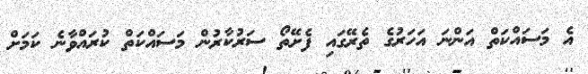
އެ މަސައްކަތް އަންނަ އަހަރުގެ ތެރޭގައި ފެށޭތޯ ސަރުކާރުން މަސައްކަތް ކުރައްވާނެ ކަމަށް